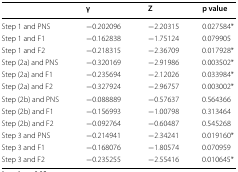
<table><thead><tr><td></td><td><b>γ</b></td><td><b>Z</b></td><td><b>p value</b></td></tr></thead><tbody><tr><td>Step 1 and PNS</td><td>−0.202096</td><td>−2.20315</td><td>0.027584*</td></tr><tr><td>Step 1 and F1</td><td>−0.162838</td><td>−1.75124</td><td>0.079905</td></tr><tr><td>Step 1 and F2</td><td>−0.218315</td><td>−2.36709</td><td>0.017928*</td></tr><tr><td>Step (2a) and PNS</td><td>−0.320169</td><td>−2.91986</td><td>0.003502*</td></tr><tr><td>Step (2a) and F1</td><td>−0.235694</td><td>−2.12026</td><td>0.033984*</td></tr><tr><td>Step (2a) and F2</td><td>−0.327924</td><td>−2.96757</td><td>0.003002*</td></tr><tr><td>Step (2b) and PNS</td><td>−0.088889</td><td>−0.57637</td><td>0.564366</td></tr><tr><td>Step (2b) and F1</td><td>−0.156993</td><td>−1.00798</td><td>0.313464</td></tr><tr><td>Step (2b) and F2</td><td>−0.092764</td><td>−0.60487</td><td>0.545268</td></tr><tr><td>Step 3 and PNS</td><td>−0.214941</td><td>−2.34241</td><td>0.019160*</td></tr><tr><td>Step 3 and F1</td><td>−0.168076</td><td>−1.80574</td><td>0.070959</td></tr><tr><td>Step 3 and F2</td><td>−0.235255</td><td>−2.55416</td><td>0.010645*</td></tr></tbody></table>